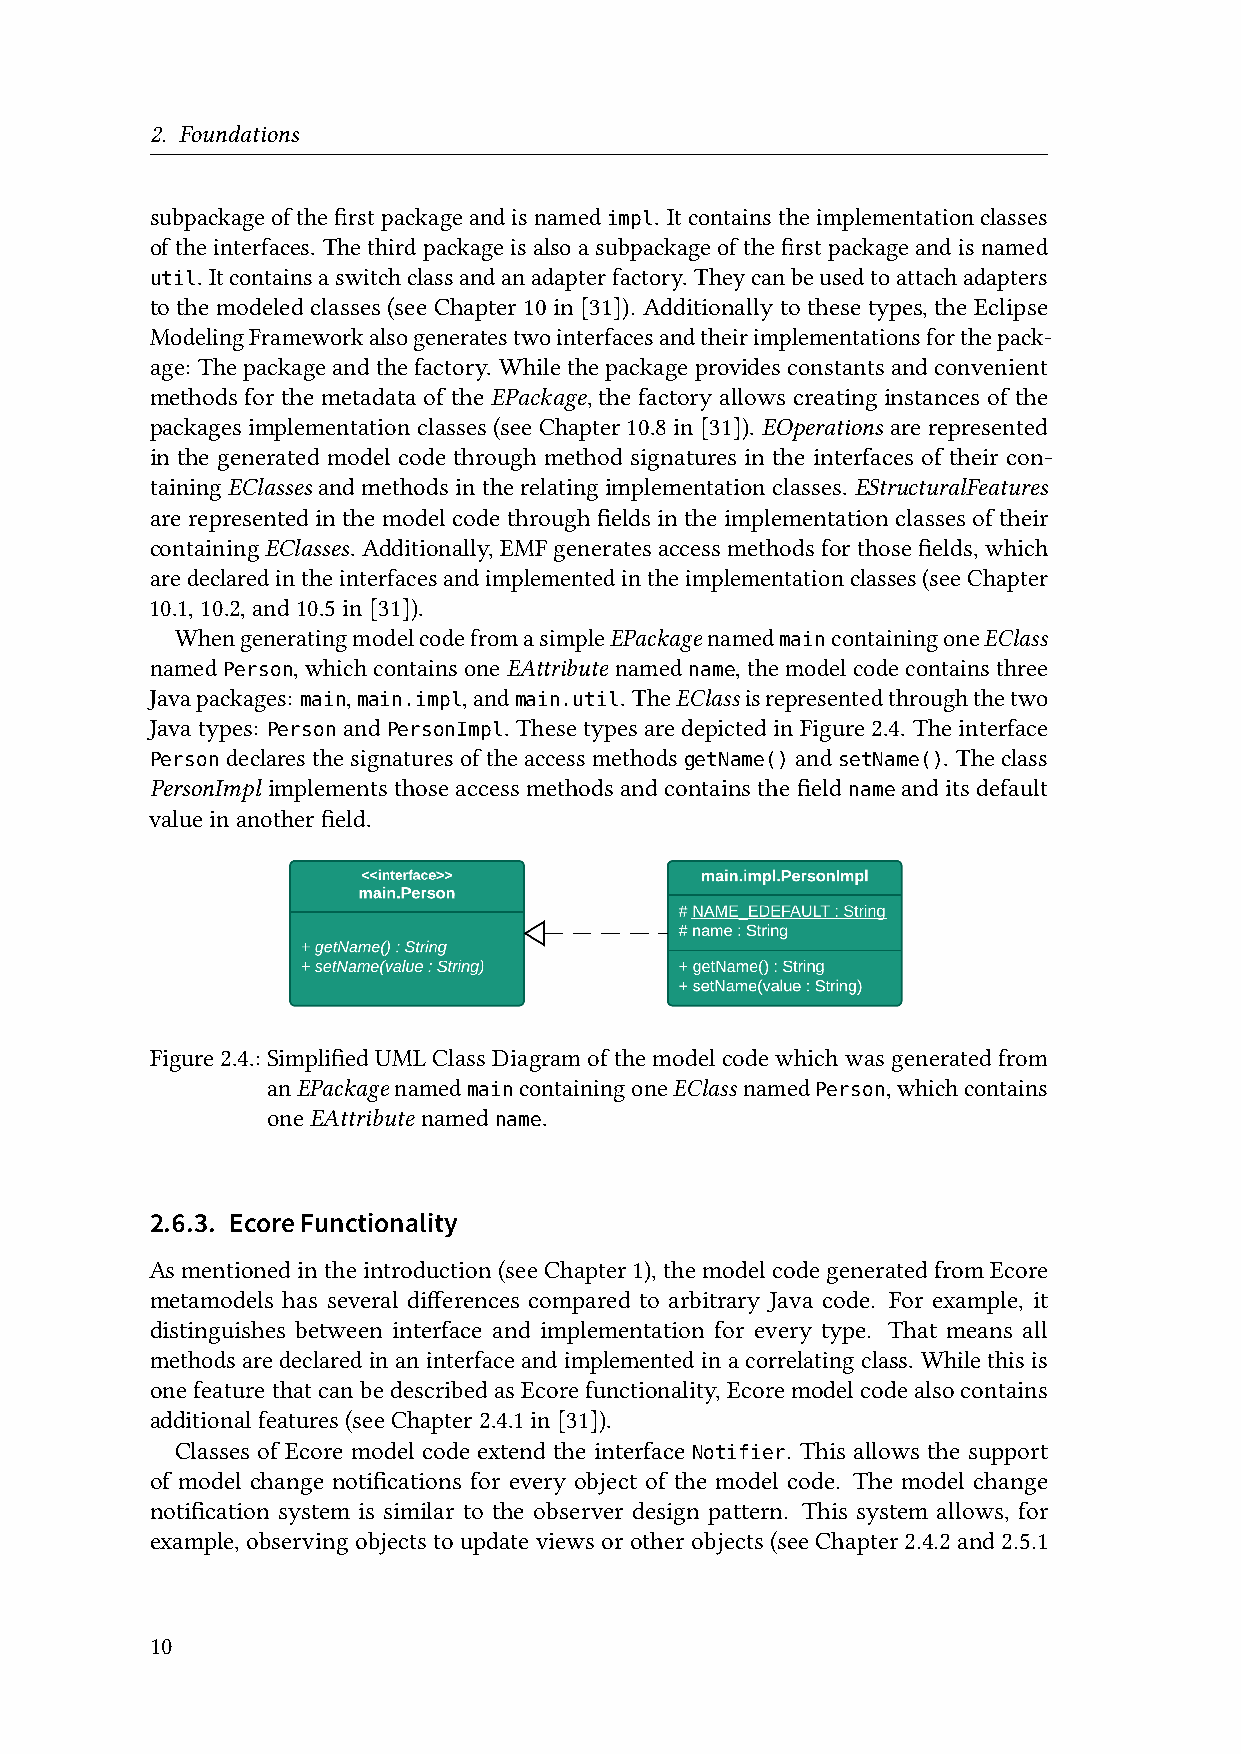
2. Foundations
 subpackageofthefirstpackageandisnamed . Itcontainstheimplementationclasses
 impl
 oftheinterfaces. Thethirdpackageisalsoasubpackageofthefirstpackageandisnamed
 . Itcontainsaswitchclassandanadapterfactory. Theycanbeusedtoattachadapters
 util
 to the modeled classes (see Chapter 10 in [31]). Additionally to these types, the Eclipse
 ModelingFrameworkalsogeneratestwointerfacesandtheirimplementationsforthepack-
 age: Thepackageandthefactory. Whilethepackageprovidesconstantsandconvenient
 methods for the metadata of the EPackage, the factory allows creating instances of the
 packagesimplementationclasses(seeChapter10.8in[31]). EOperations arerepresented
 in the generated model code through method signatures in the interfaces of their con-
 tainingEClasses andmethodsintherelatingimplementationclasses. EStructuralFeatures
 arerepresentedinthemodelcodethroughfieldsintheimplementationclassesoftheir
 containingEClasses. Additionally,EMF generatesaccess methods forthose fields, which
 aredeclaredintheinterfacesandimplementedintheimplementationclasses(seeChapter
 10.1,10.2,and10.5in[31]).
 WhengeneratingmodelcodefromasimpleEPackagenamed maincontainingoneEClass
 named Person, whichcontainsone EAttribute named name, themodelcodecontainsthree
 Javapackages: main, main.impl,and main.util. TheEClassisrepresentedthroughthetwo
 Javatypes:   and       . ThesetypesaredepictedinFigure2.4. Theinterface
 Person  PersonImpl
 declaresthesignaturesoftheaccessmethods and    . Theclass
 Person                             getName() setName()
 PersonImpl implementsthoseaccessmethodsandcontainsthefield nameanditsdefault
 valueinanotherfield.
 Figure2.4.:SimplifiedUMLClassDiagramofthemodelcodewhichwasgeneratedfrom
 anEPackagenamed maincontainingoneEClassnamed Person,whichcontains
 oneEAttribute named name.
 2.6.3. EcoreFunctionality
 Asmentionedintheintroduction(seeChapter1),themodelcodegeneratedfromEcore
 metamodels has several differences compared to arbitrary Java code. For example, it
 distinguishes between interface and implementation for every type. That means all
 methods are declaredin aninterface andimplemented ina correlating class. Whilethis is
 onefeaturethatcanbedescribedasEcorefunctionality,Ecoremodelcodealsocontains
 additionalfeatures(seeChapter2.4.1in[31]).
 Classes of Ecore model code extend the interface . This allows the support
 Notifier
 of model change notifications for every object of the model code. The model change
 notification system is similar to the observer design pattern. This system allows, for
 example, observing objects to update views or other objects (see Chapter 2.4.2 and 2.5.1
 10